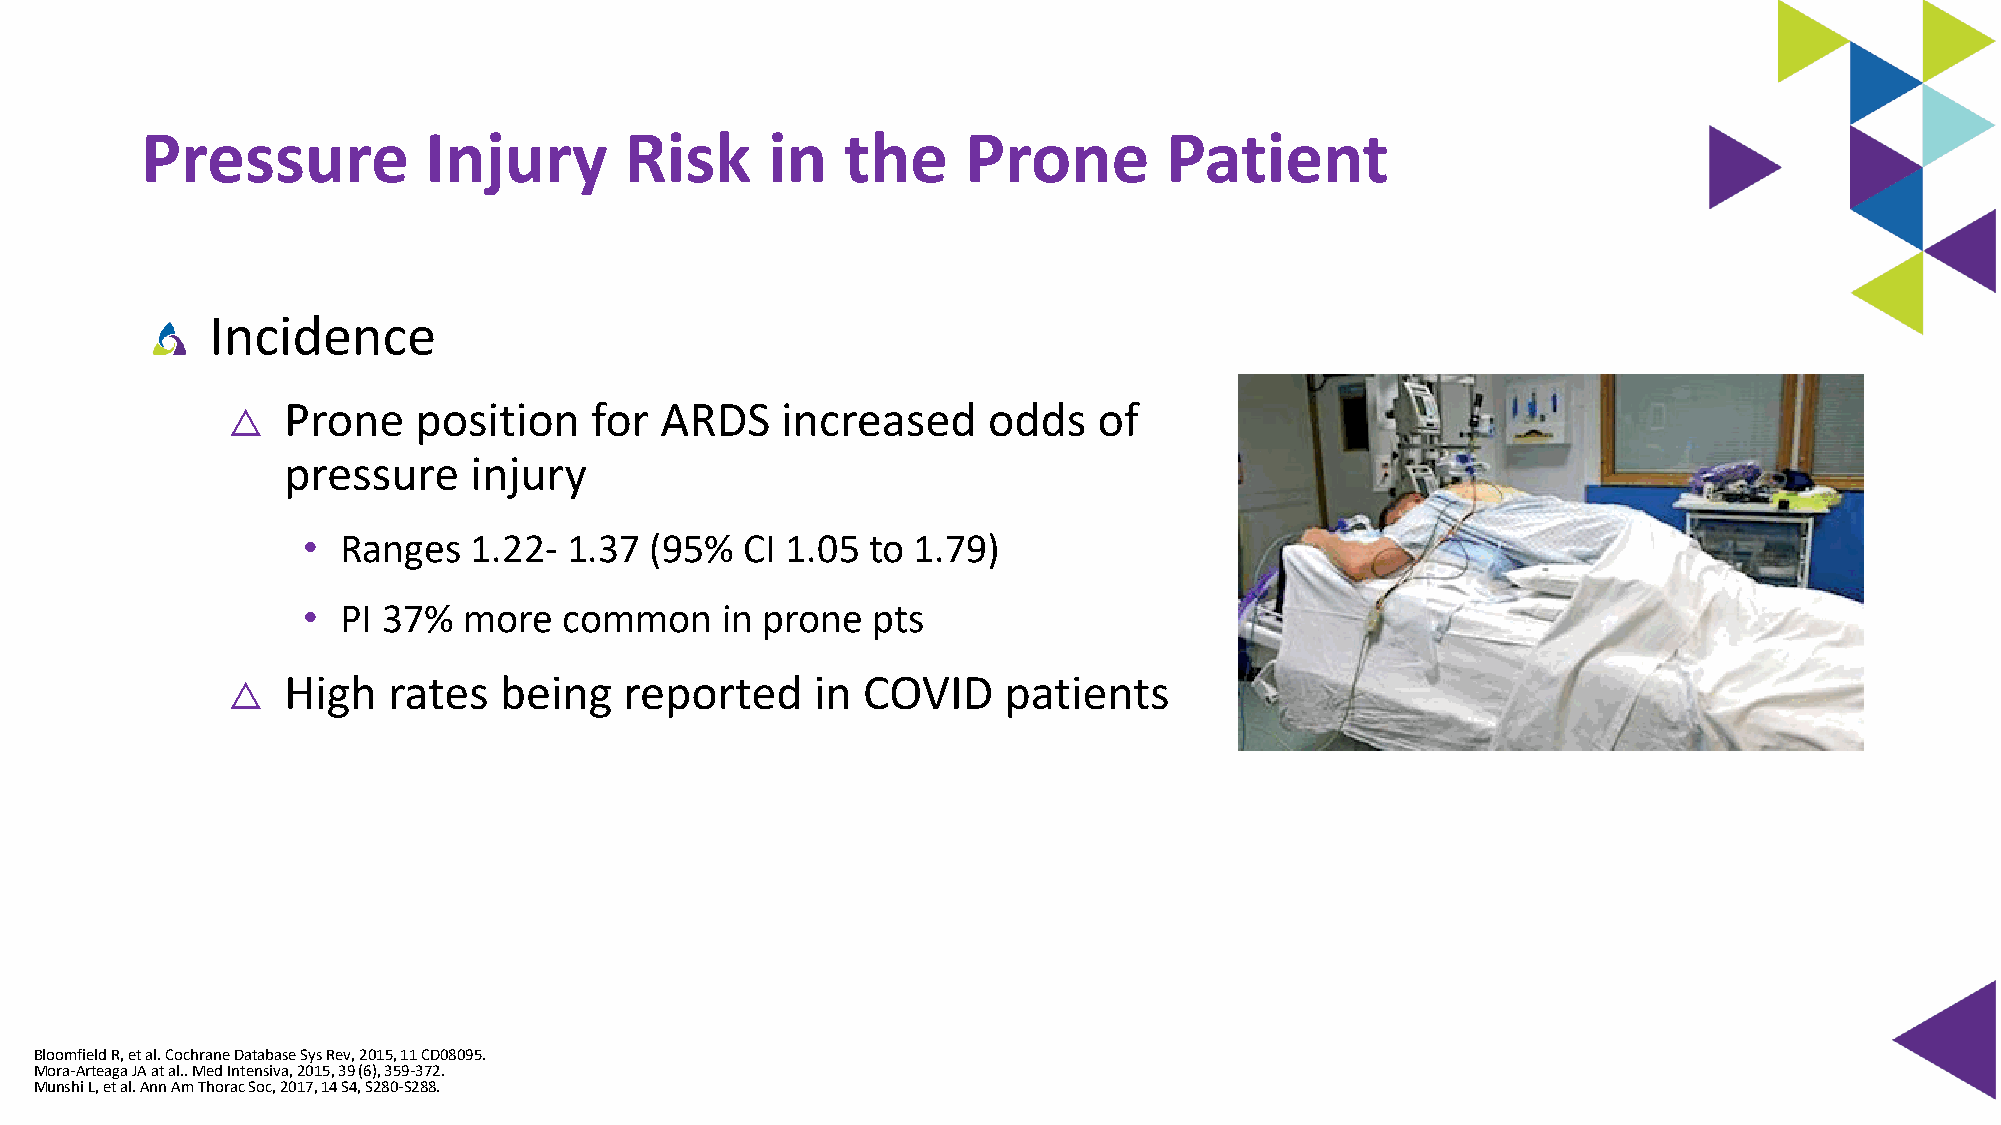
Pressure           Injury       Risk      in   the     Prone        Patient
 Incidence
 Prone   position    for  ARDS    increased    odds    of
 △
 pressure    injury
 •  Ranges  1.22- 1.37  (95%  CI 1.05 to 1.79)
 •  PI 37%  more  common     in prone  pts
 High   rates  being   reported     in COVID    patients
 △
 Bloomfield R, et al. Cochrane Database Sys Rev, 2015, 11 CD08095.
 Mora-Arteaga JA at al.. Med Intensiva, 2015, 39 (6), 359-372.
 Munshi L, et al. Ann Am ThoracSoc, 2017, 14 S4, S280-S288.